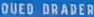
QUED DRADER